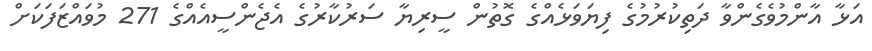
އަޅާ އާންމުވެގެންވާ ދަތިކުރުމުގެ ފިޔަވަޅެއްގެ ގޮތުން ސީރިޔާ ސަރުކާރުގެ އެޖެންސީއެއްގެ 271 މުވައްޒަފަކަށް